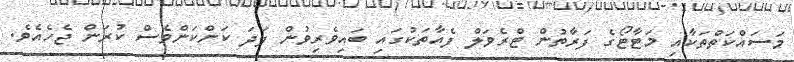
މަސައްކަތްތަކާއި މަޓާޓޯގެ ފަރާތުން ޓްރެވަލް ފެއާތަކުގައި ބައިވެރިވުން ފަދަ ކަންކަންވެސް ކުރަން ޖެހެއެވެ.